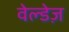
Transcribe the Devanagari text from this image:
वेल्डेज़